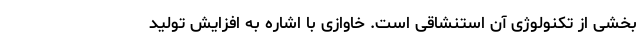
بخشی از تکنولوژی آن استنشاقی است. خاوازی با اشاره به افزایش تولید